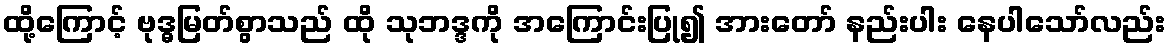
ထို့ကြောင့် ဗုဒ္ဓမြတ်စွာသည် ထို သုဘဒ္ဒကို အကြောင်းပြု၍ အားတော် နည်းပါး နေပါသော်လည်း